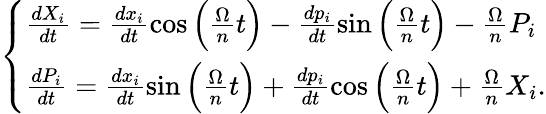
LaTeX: \begin{array}{r}{\left\{ \begin{array}{l}{\frac{dX_{i}}{dt}=\frac{dx_{i}}{dt}\cos\Big(\frac{\Omega}{n}t\Big)-\frac{dp_{i}}{dt}\sin\Big(\frac{\Omega}{n}t\Big)-\frac{\Omega}{n}P_{i}}\\ {\frac{dP_{i}}{dt}=\frac{dx_{i}}{dt}\sin\Big(\frac{\Omega}{n}t\Big)+\frac{dp_{i}}{dt}\cos\Big(\frac{\Omega}{n}t\Big)+\frac{\Omega}{n}X_{i}.}\end{array}\right.}\end{array}